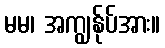
မမ၊ အကျွန်ုပ်အား။